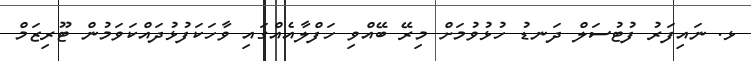
ޅ. ނައިފަރު ފުޓުސަލް ދަނޑު ހުޅުވުމަށް މިރޭ ބޭއްވި ހަފްލާއެއްގައި ވާހަކަފުޅުދައްކަވަމުން ޓޫރިޒަމް